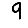
Digit: 9